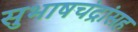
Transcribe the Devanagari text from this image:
सुभाषचंद्रांसह